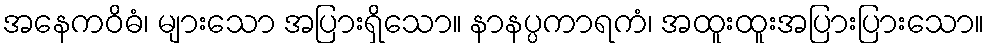
အနေကဝိဓံ၊ များသော အပြားရှိသော။ နာနပ္ပကာရကံ၊ အထူးထူးအပြားပြားသော။